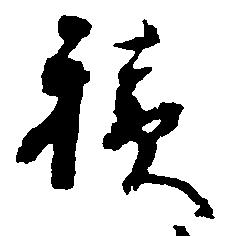
積